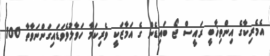
އެމެރިކާގެ އިންތިޚާބީ ރައީސް ޖޯ ބައިޑެން ގެ އަމާޒަކީ ވެރިކަމާ ހަވާލުވެވަޑައިގަންނަވާތާ 100